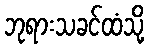
ဘုရားသခင်ထံသို့